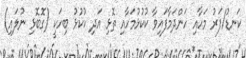
ކަނޑު/ފަރު މަހާއި ހަންދަމާފައިވާ ކުކުޅުމަހާއި ތޮޅި އަދި ކުކުޅު ބިހަކީ (ގޮބޮޅި ނުލައި)